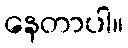
နေတာပါ။